Indian journal of veterinary science and animal husbandry - Volume 3,
Year: 1933
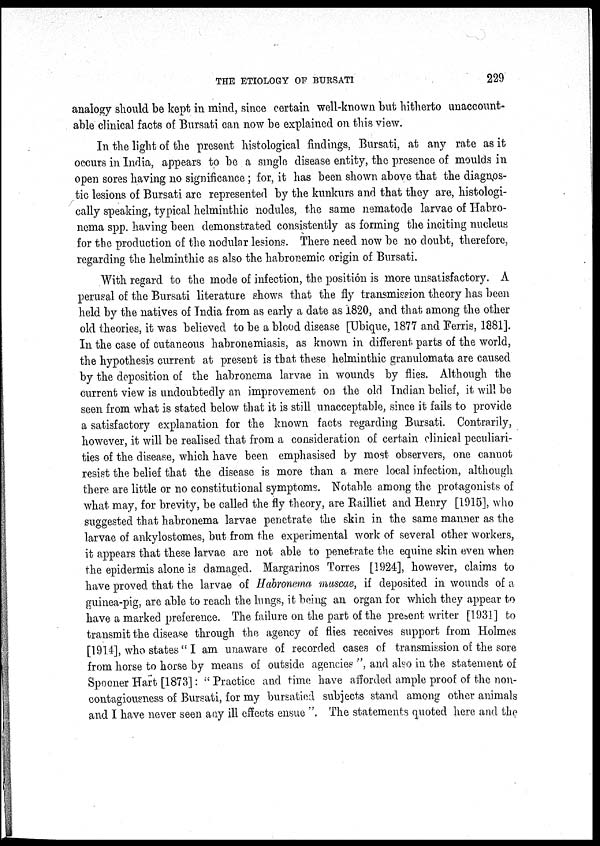
THE ETIOLOGY OF BURSATI
229
analogy should be kept in mind, since certain well-known but hitherto unaccount-
able clinical facts of Bursati can now be explained on this view.
In the light of the present histological findings, Bursati, at any rate as it
occurs in India, appears to be a single disease entity, the presence of moulds in
open sores having no significance ; for, it has been shown above that the diagnos-
tic lesions of Bursati are represented by the kunkurs and that they are, histologi-
cally speaking, typical helminthic nodules, the same nematode larvae of Habro-
nema spp. having been demonstrated consistently as forming the inciting nucleus
for the production of the nodular lesions. There need now be no doubt, therefore,
regarding the helminthic as also the habronemic origin of Bursati.
With regard to the mode of infection, the position is more unsatisfactory. A
perusal of the Bursati literature shows that the fly transmission theory has been
held by the natives of India from as early a date as 1820, and that among the other
old theories, it was believed to be a blood disease [Ubique, 1877 and Ferris, 1881].
In the case of cutaneous habronemiasis, as known in different parts of the world,
the hypothesis current at present is that these helminthic granulomata are caused
by the deposition of the habronema larvae in wounds by flies. Although the
current view is undoubtedly an improvement on the old Indian belief, it will be
seen from what is stated below that it is still unacceptable, since it fails to provide
a satisfactory explanation for the known facts regarding Bursati. Contrarily,
however, it will be realised that from a consideration of certain clinical peculiari-
ties of the disease, which have been emphasised by most observers, one cannot
resist the belief that the disease is more than a mere local infection, although
there are little or no constitutional symptoms. Notable among the protagonists of
what may, for brevity, be called the fly theory, are Railliet and Henry [1915], who
suggested that habronema larvae penetrate the skin in the same manner as the
larvae of ankylostomes, but from the experimental work of several other workers,
it appears that these larvae are not able to penetrate the equine skin even when
the epidermis alone is damaged. Margarinos Torres [1924], however, claims to
have proved that the larvae of Habronema muscae, if deposited in wounds of a
guinea-pig. are able to reach the lungs, it being an organ for which they appear to
have a marked preference. The failure on the part of the present writer [1931] to
transmit the disease through the agency of flies receives support from Holmes
[1914], who states " I am unaware of recorded cases of transmission of the sore
from horse to horse by means of outside agencies ", and also in the statement of
Spooner Hart [1873]: '' Practice and time have afforded ample proof of the non-
contagiousness of Bursati, for my bursatied subjects stand among other animals
and I have never seen any ill effects ensue ". The statements quoted here and the